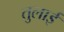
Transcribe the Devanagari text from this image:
तुलाई